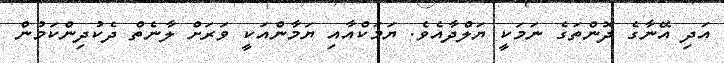
އަދި އޭނާގެ ދޮންތަގެ ނަމަކީ ޔަލްދާއެވެ. ޔަމަކްއާއި ޔަމާންއަކީ ވަރަށް ލާނެތް ދެކުދިންކަމުން